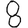
Digit: 8